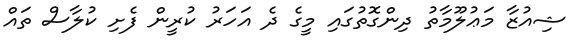
ޝިއުޒާ މަޢުލޫމާތު ދިންގޮތުގައި މީގެ ދެ އަހަރު ކުރީން ފެށި ކުލާސް ތައް